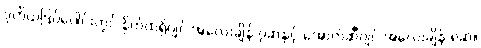
ဒုတိယဒြပ်ပေါင်းတွင် နိုက်ထရိုဂျင် အလေးချိန် ၇ဆနှင့် အောက်ဆီဂျင် အလေးချိန် ၈ဆ။